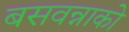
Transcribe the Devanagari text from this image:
बसवन्नाको